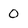
Character: 0